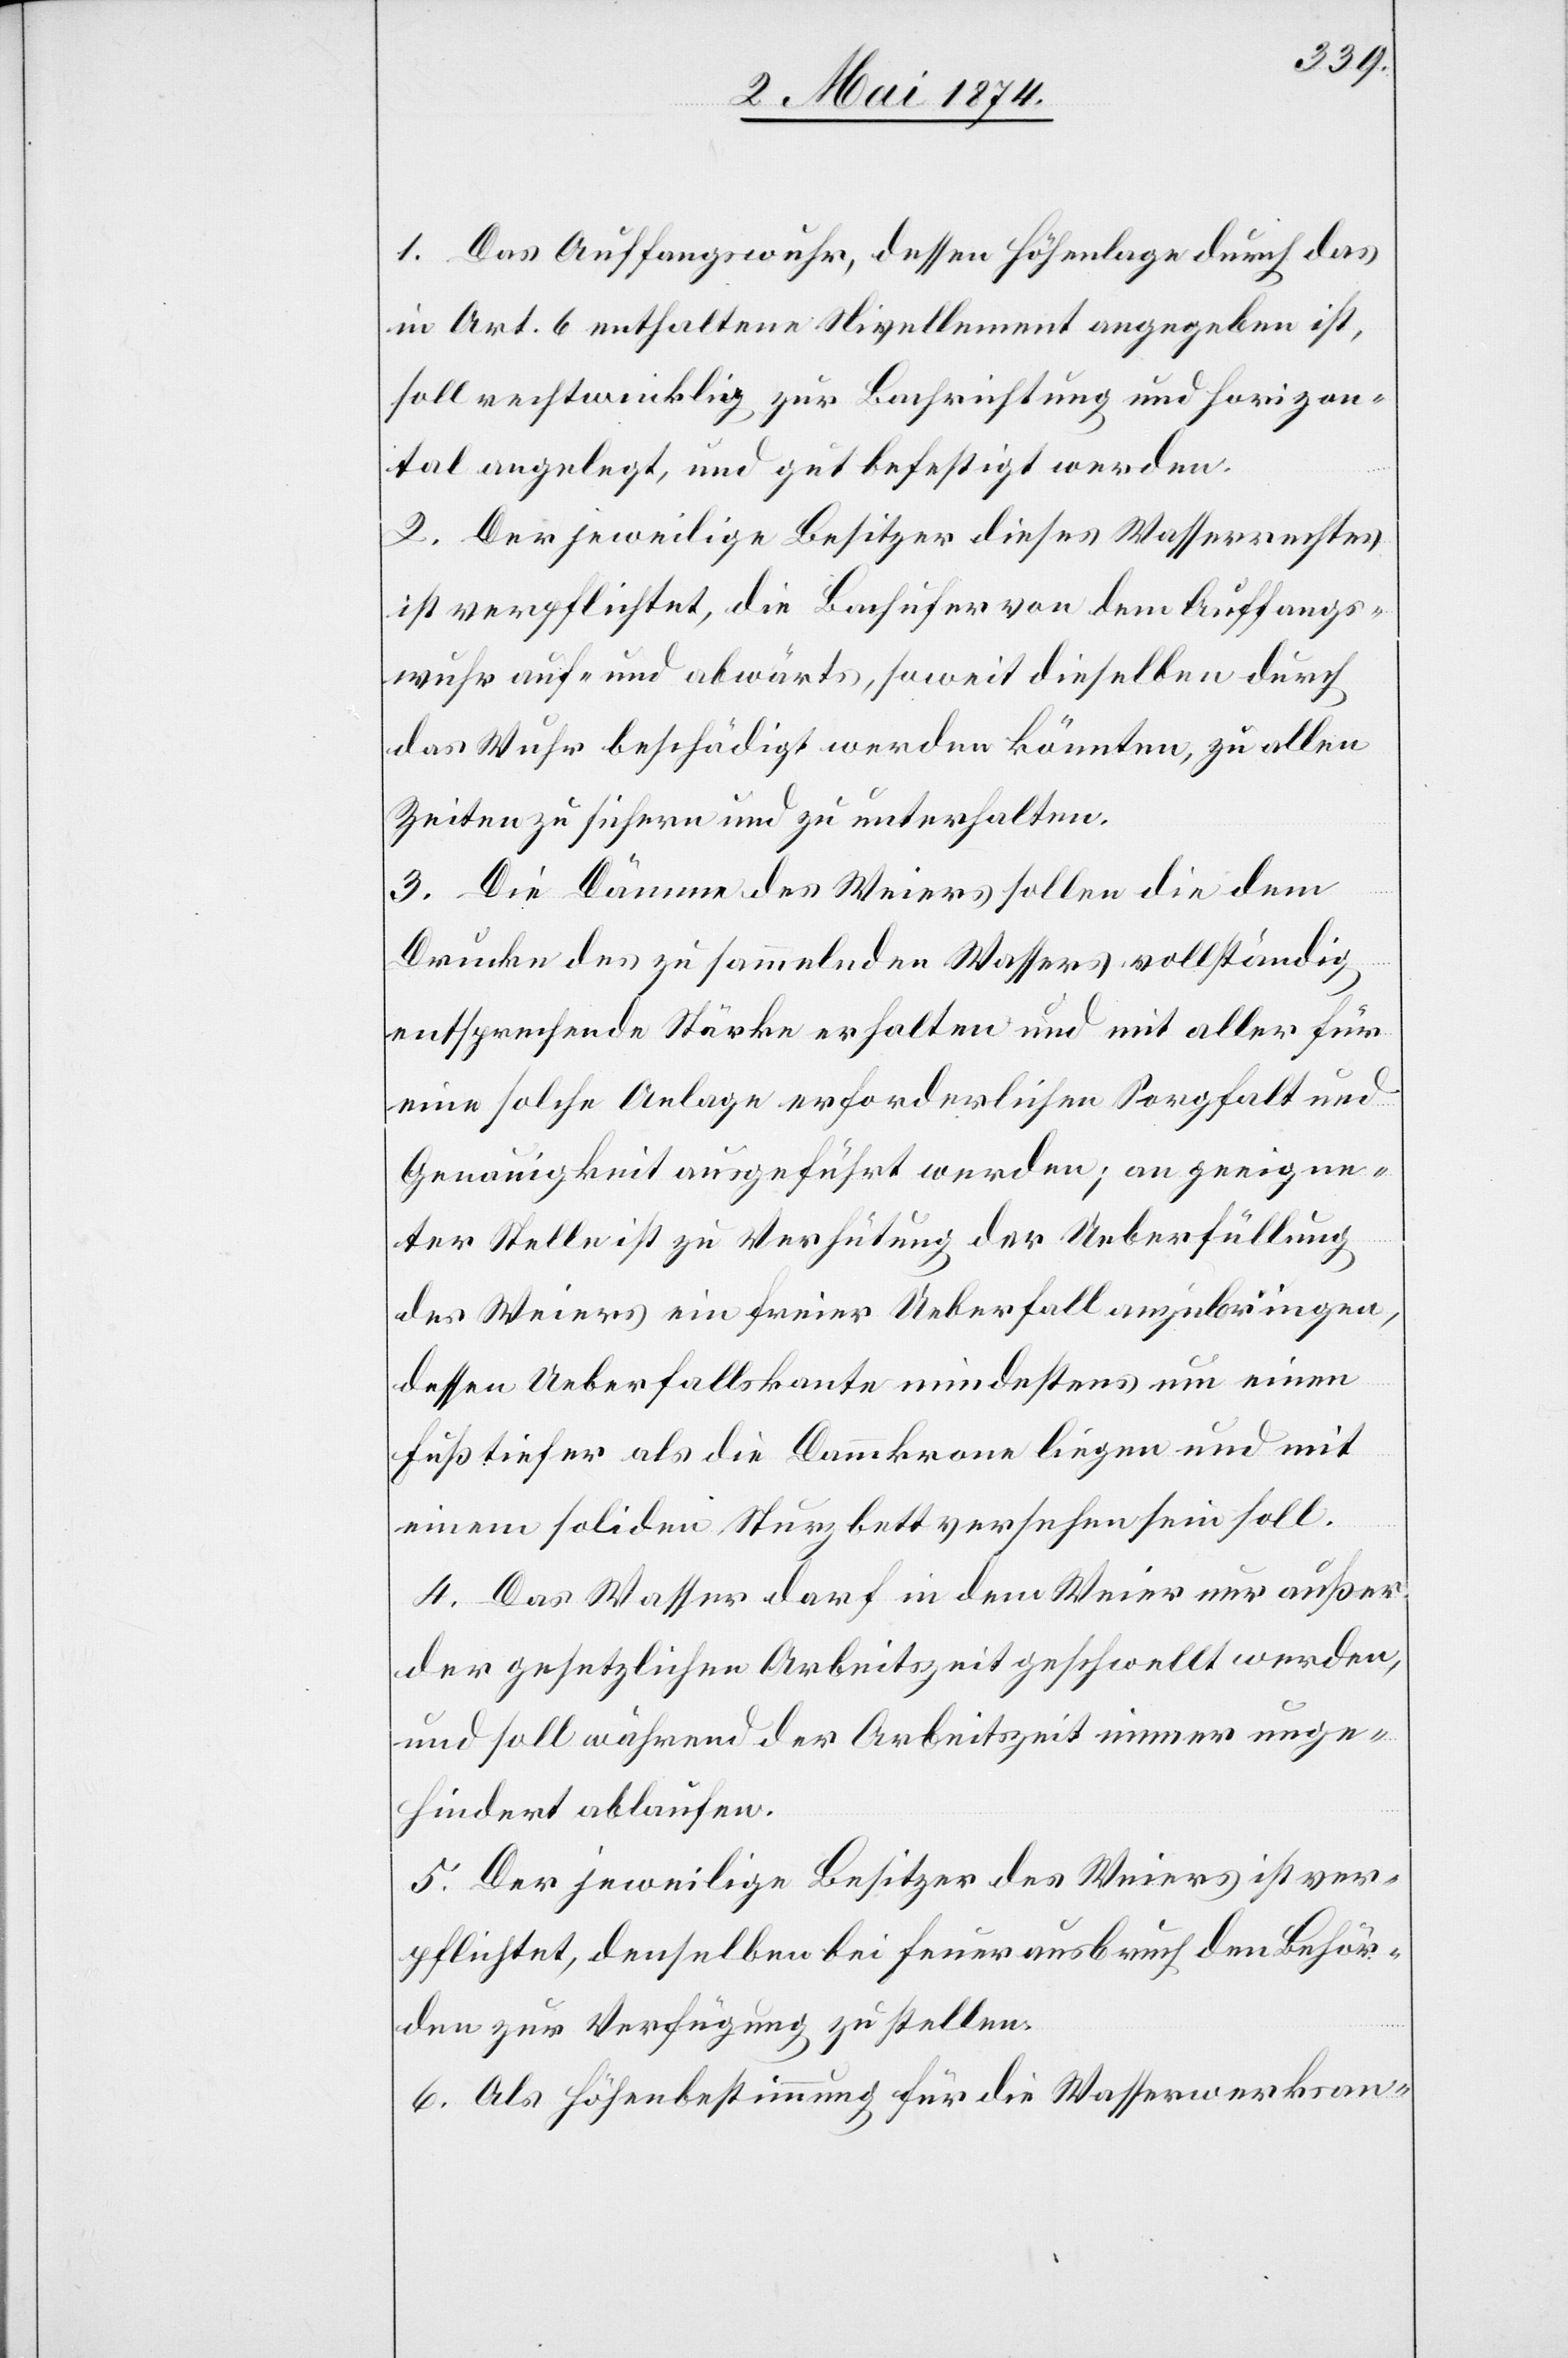
1. Das Auffangswuhr, dessen Höhenlage durch das
in Art. 6 enthaltene Nivellement angegeben ist,
soll rechtwinklig zur Bachrichtung und horizon¬
tal angelegt, und gut befestigt werden.
2. Der jeweilige Besitzer dieses Wasserrechtes
ist verpflichtet, die Bachufer von dem Auffangs¬
wuhr auf- und abwärts, soweit dieselben durch
das Wuhr beschädigt werden könnten, zu allen
Zeiten zu sichern und zu unterhalten.
3. Die Dämme des Weiers sollen die dem
Drucke des zu sammelnden Wassers vollständig
entsprechende Stärke erhalten und mit aller für
eine solche Anlage erforderlichen Sorgfalt und
Genauigkeit ausgeführt werden; an geeigne¬
ter Stelle ist zu Verhütung der Ueberfüllung
des Weiers ein freier Ueberfall anzubringen,
dessen Ueberfallskante mindestens um einen
Fuß tiefer als die Dammkrone liegen und mit
einem soliden Sturzbett versehen sein soll.
4. Das Wasser darf in dem Weier nur außer
der gesetzlichen Arbeitszeit geschwellt werden,
und soll während der Arbeitszeit immer unge¬
hindert ablaufen.
5. Der jeweilige Besitzer des Weiers ist ver¬
pflichtet, denselben bei Feuerausbruch den Behör¬
den zur Verfügung zu stellen.
6. Als Höhenbestimmung für die Wasserwerksan-